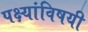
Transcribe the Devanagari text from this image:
पक्ष्यांविषयी